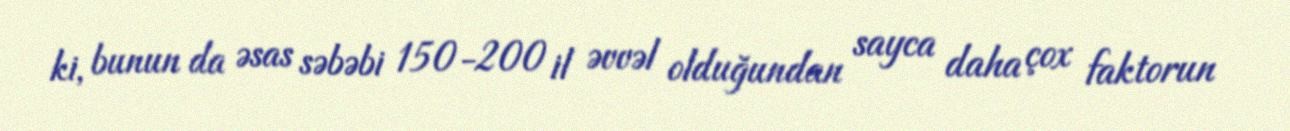
ki, bunun da əsas səbəbi 150-200 il əvvəl olduğundan sayca daha çox faktorun